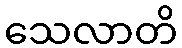
သေလာတိ